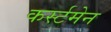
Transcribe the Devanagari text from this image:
कर्स्टमेन